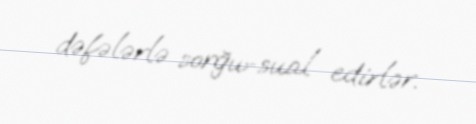
dəfələrlə sorğu-sual edirlər.